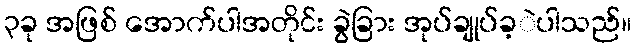
၃ခု အဖြစ် အောက်ပါအတိုင်း ခွဲခြား အုပ်ချုပ်ခ့ဲပါသည်။